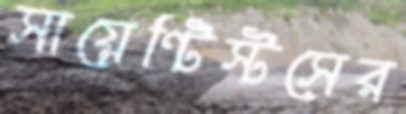
সায়েন্টিস্টসের